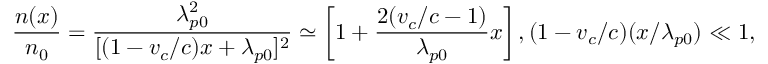
\frac { n ( x ) } { n _ { 0 } } = \frac { \lambda _ { p 0 } ^ { 2 } } { [ ( 1 - v _ { c } / c ) x + \lambda _ { p 0 } ] ^ { 2 } } \simeq \left[ 1 + \frac { 2 ( v _ { c } / c - 1 ) } { \lambda _ { p 0 } } x \right] , ( 1 - v _ { c } / c ) ( x / \lambda _ { p 0 } ) \ll 1 ,